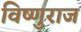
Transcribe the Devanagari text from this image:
विष्णुराज